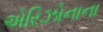
એરિઝોનાના